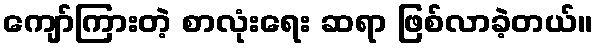
ကျော်ကြားတဲ့ စာလုံးရေး ဆရာ ဖြစ်လာခဲ့တယ်။